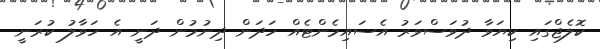
ކޮލެޖްގައި ކިޔަވާ ދުވަސްވަރު އެސައިމެންޓެއް ހަދަން ދިނުމުން ދަނީ އެ ހަވާލު ކުރަނީ